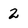
Character: 2